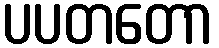
ပပတတော